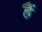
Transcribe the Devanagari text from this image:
ह्रैं